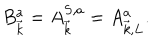
LaTeX: B _ { \vec { k } } ^ { a } = A _ { \vec { k } } ^ { S , a } = A _ { \vec { k } , L } ^ { a } .